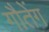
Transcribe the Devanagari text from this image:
गौतेंग